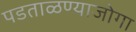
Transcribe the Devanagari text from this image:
पडताळण्याजोगा